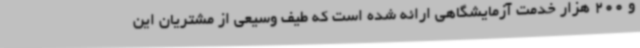
و 200 هزار خدمت آزمایشگاهی ارائه شده است که طیف وسیعی از مشتریان این